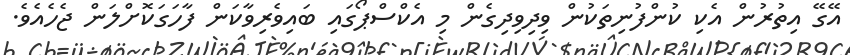
އޭގޭ އިތުރުން އެކި ކުންފުނިތަކުން ވިދިވިދިގެން މި އެކްސްޕޯގައި ބައިވެރިވާކަން ފާހަގަކޮށްލަން ޖެހެއެވެ.